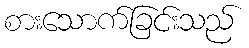
စားသောက်ခြင်းသည်